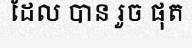
ដែល បាន រួច ផុត